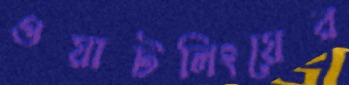
ওয়াটলিংয়ের